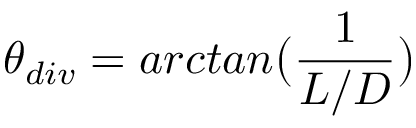
\theta _ { d i v } = a r c t a n \big ( \frac { 1 } { L / D } \big )